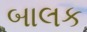
બાલક